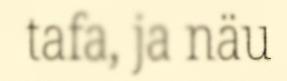
tafa, ja näu